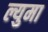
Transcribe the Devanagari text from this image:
ल्युमा